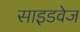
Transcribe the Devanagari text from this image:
साइडवेज